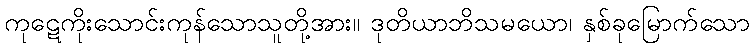
ကုဋေကိုးသောင်းကုန်သောသူတို့အား။ ဒုတိယာဘိသမယော၊ နှစ်ခုမြောက်သော